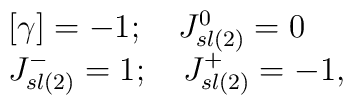
\begin{array}{lcr} \lbrack \gamma \rbrack = -1;\quad  J_{sl(2)}^{0} = 0\\ J_{sl(2)}^{-}= 1 ;\quad  J_{sl(2)}^{+}= -1, \end{array}